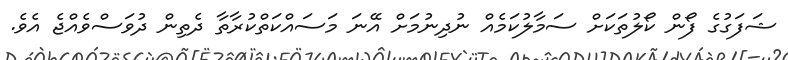
ޝަފަގުގެ ފޯން ކޯލުތަކަށް ސަމާލުކަމެއް ނުދިނުމަށް އޭނަ މަސައްކަތްކުރާތާ ދެތިން ދުވަސްވެއްޖެ އެވެ.